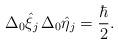
LaTeX: \begin{align*} \Delta_{0}\hat{\xi}_{j}\, \Delta_{0}\hat{\eta}_{j} = \frac{\hbar}{2}. \end{align*}